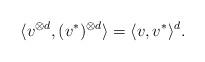
LaTeX: \begin{align*}\langle v^{\otimes d},(v^*)^{\otimes d}\rangle=\langle v,v^*\rangle^d.\end{align*}